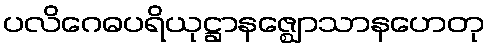
ပလိဂေဓပရိယုဋ္ဌာနဇ္ဈောသာနဟေတု